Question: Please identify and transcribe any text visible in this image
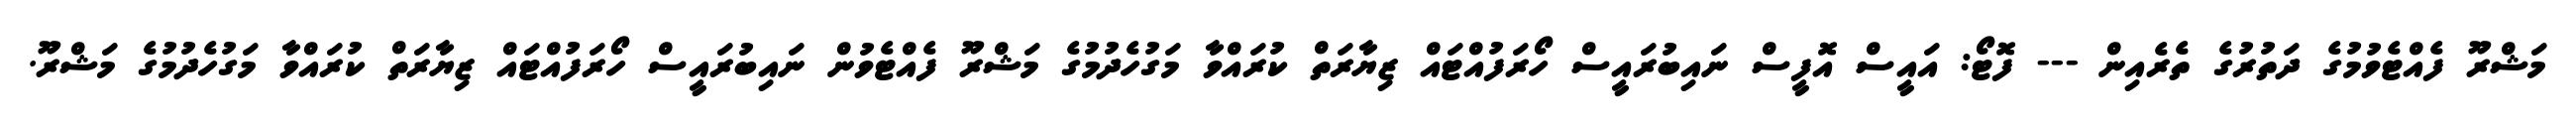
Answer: މަޝްރޫ ފެއްޓެވުމުގެ ދަތުރުގެ ތެރެއިން --- ފޮޓޯ: އައީސް އޮފީސް ނައިބުރައީސް ހޯރަފުއްޓައް ޒިޔާރަތް ކުރައްވާ މަގުހެދުމުގެ މަޝްރޫ ފެއްޓެވުން ނައިބުރައީސް ހޯރަފުއްޓައް ޒިޔާރަތް ކުރައްވާ މަގުހެދުމުގެ މަޝްރޫ.